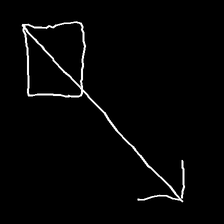
Glyph: focus